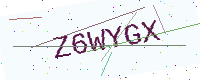
Text: Z6WYGX